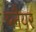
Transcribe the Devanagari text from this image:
ब्लैयर